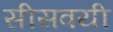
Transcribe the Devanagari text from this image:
सीसवयी